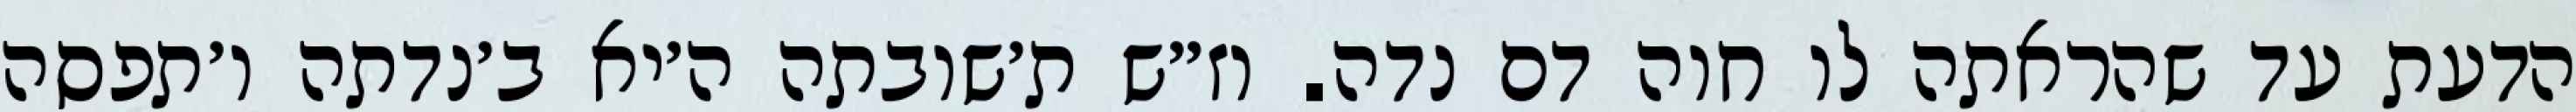
הדעת עד שהראתה לו חוה דם נדה. וז״ש ת׳שובתה ה׳יא ב׳נדתה ו׳תפסה